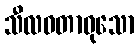
သီလဝတာဝုသော